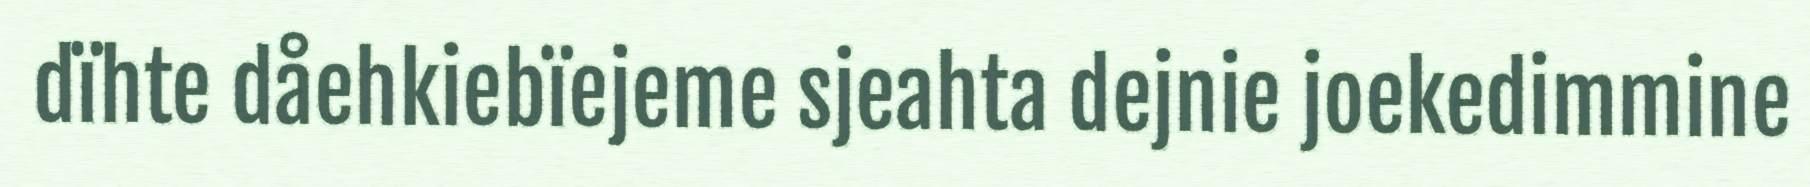
dïhte dåehkiebïejeme sjeahta dejnie joekedimmine